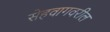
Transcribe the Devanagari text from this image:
सेहवागवरील